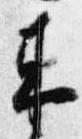
来